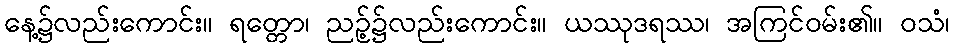
နေ့၌လည်းကောင်း။ ရတ္တော၊ ညဉ့်၌လည်းကောင်း။ ယဿုဒရဿ၊ အကြင်ဝမ်း၏။ ဝသံ၊